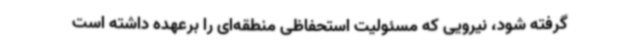
گرفته شود، نیرویی که مسئولیت استحفاظی منطقه‌ای را برعهده داشته است